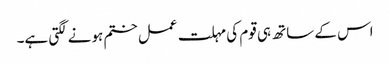
اس کے ساتھ ہی قوم کی مہلت عمل ختم ہونے لگتی ہے۔